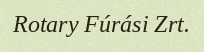
Rotary Fúrási Zrt.